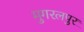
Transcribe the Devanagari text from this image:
मुगरलपुर